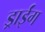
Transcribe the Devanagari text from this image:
ड्राईंग